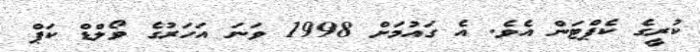
ކުރީގެ ކެޕްޓަން އެވެ. އެ ގައުމަށް 1998 ވަނަ އަހަރުގެ ވޯލްޑް ކަޕް